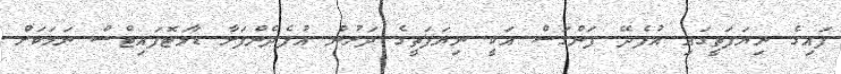
ފައިގެ ނިޔަފަތީގައި އުފެދޭ ފަންގަސް އަކީ ނިޔަފަތީގެ ދަށުން އުފެދެންފަށާ ޑާމަޓޮފައިޓްސް ނަމަކަށް